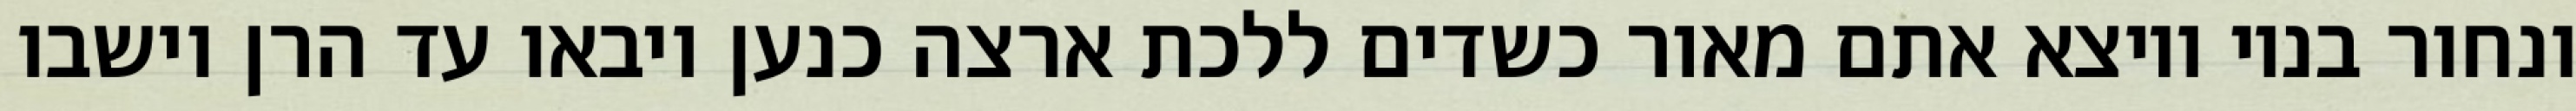
ונחור בניו ויוצא אתם מאור כשדים ללכת ארצה כנען ויבאו עד הרן וישבו